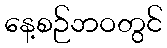
နေ့စဉ်ဘဝတွင်